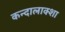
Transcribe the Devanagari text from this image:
कन्दालाक्शा